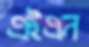
এইএন